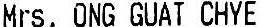
MRS. ONG GUAT CHYE